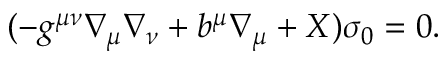
( - g ^ { \mu \nu } \nabla _ { \mu } \nabla _ { \nu } + b ^ { \mu } \nabla _ { \mu } + X ) \sigma _ { 0 } = 0 .